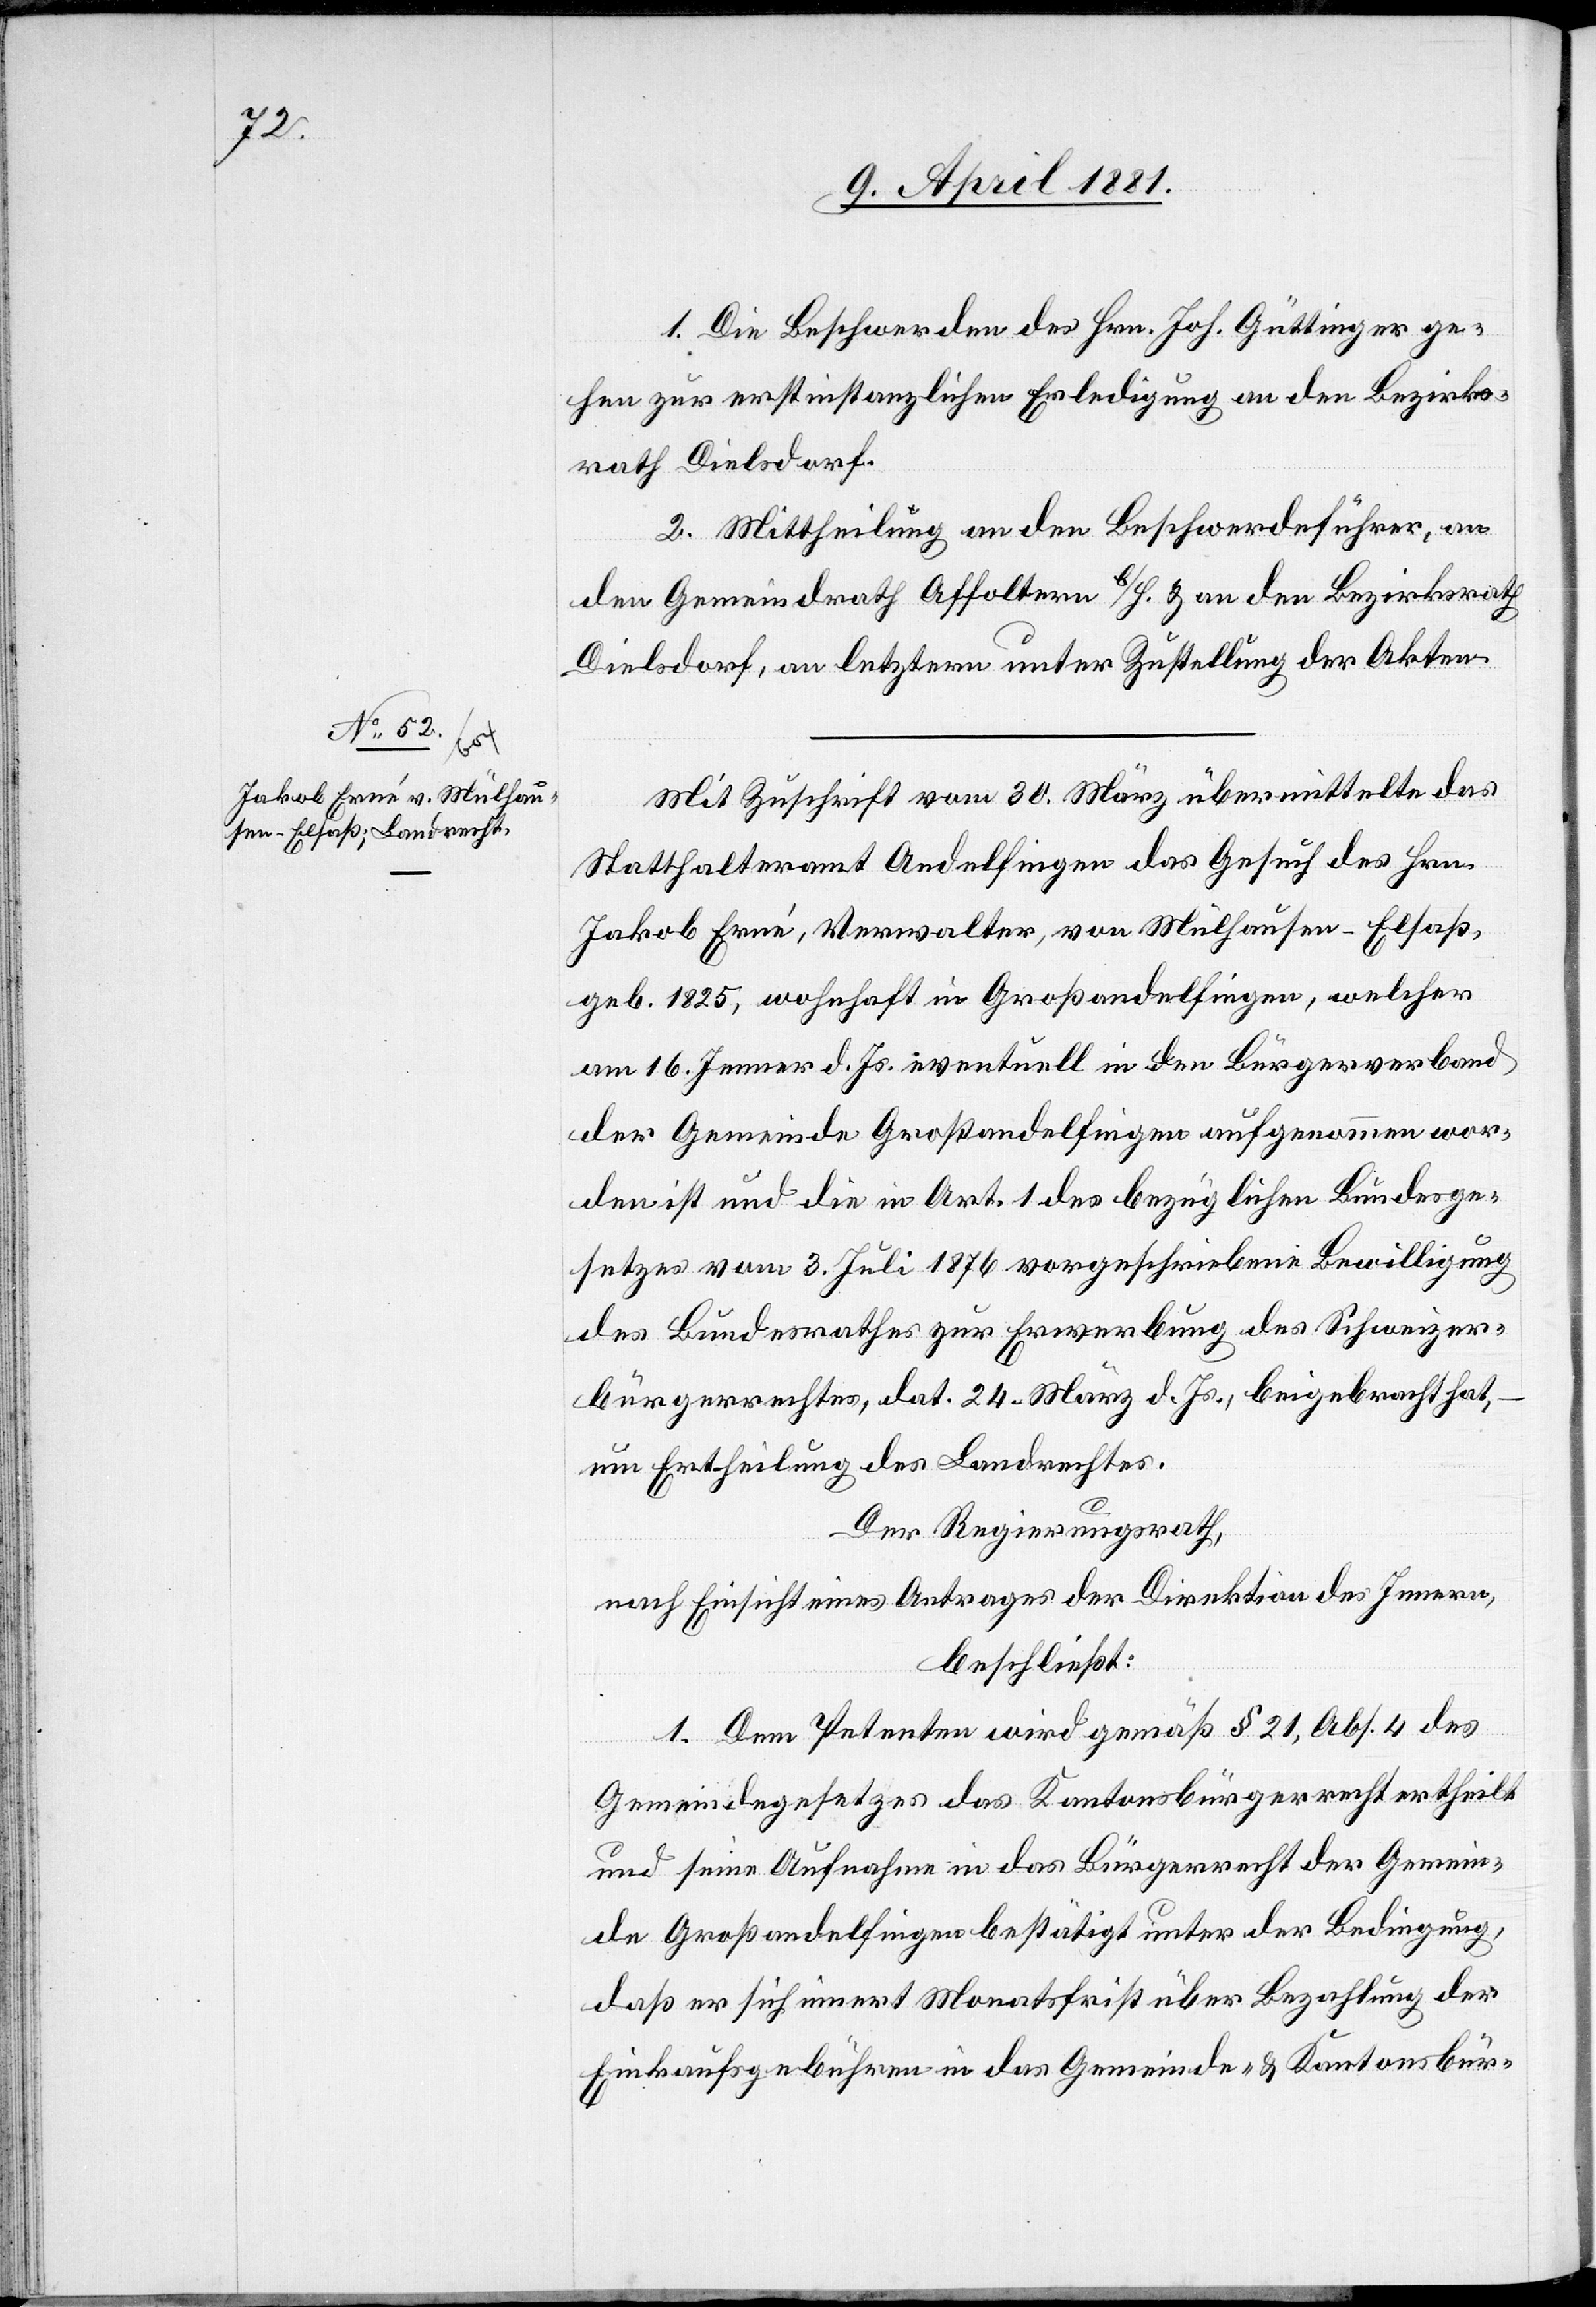
1. Die Beschwerden des Hrn. Joh. Güttinger ge¬
hen zur erstinstanzlichen Erledigung an den Bezirks¬
rath Dielsdorf.
2. Mittheilung an den Beschwerdeführer, an
den Gemeindrath Affoltern b/H. & an den Bezirksrath
Dielsdorf, an letzteren unter Zustellung der Akten.
Mit Zuschrift vom 30. März übermittelte das
Statthalteramt Andelfingen das Gesuch des Hrn.
Jakob Erwin, Verwalter, von Mülhausen - Elsaß,
geb. 1825, wohnhaft in Großandelfingen, welcher
am 16. Jenner d. Js. eventuell in den Bürgerverband
der Gemeinde Großandelfingen aufgenommen wor¬
den ist und die in Art. 1 des bezüglichen Bundesge¬
setzes vom 3. Juli 1876 vorgeschriebene Bewilligung
des Bundesrathes zur Erwerbung des Schweizer¬
bürgerrechtes, dat. 24. März d. Js., beigebracht hat,
um Ertheilung des Landrechtes.
Der Regierungsrath,
nach Einsicht eines Antrages der Direktion des Innern,
beschließt:
1. Dem Petenten wird gemäß § 21, Abs. 4 des
Gemeindegesetzes das Kantonsbürgerrecht ertheilt
und seine Aufnahme in das Bürgerrecht der Gemein¬
de Großandelfingen bestätigt unter der Bedingung,
daß er sich innert Monatsfrist über Bezahlung der
Einkaufsgebühren in das Gemeinde- & Kantonsbür-